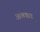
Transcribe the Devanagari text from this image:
आश्रयाय